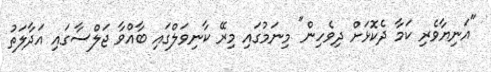
"އަނިޔާވެރި ކަމާ ދެކޮޅަށް ދިވެހިން" މިނަމުގައި މިރޭ ކާނިވަލްގައި ބާއްވާ ޖަލްސާގައި އަދާލަތު